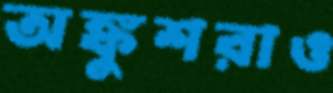
অঙ্কুশরাও